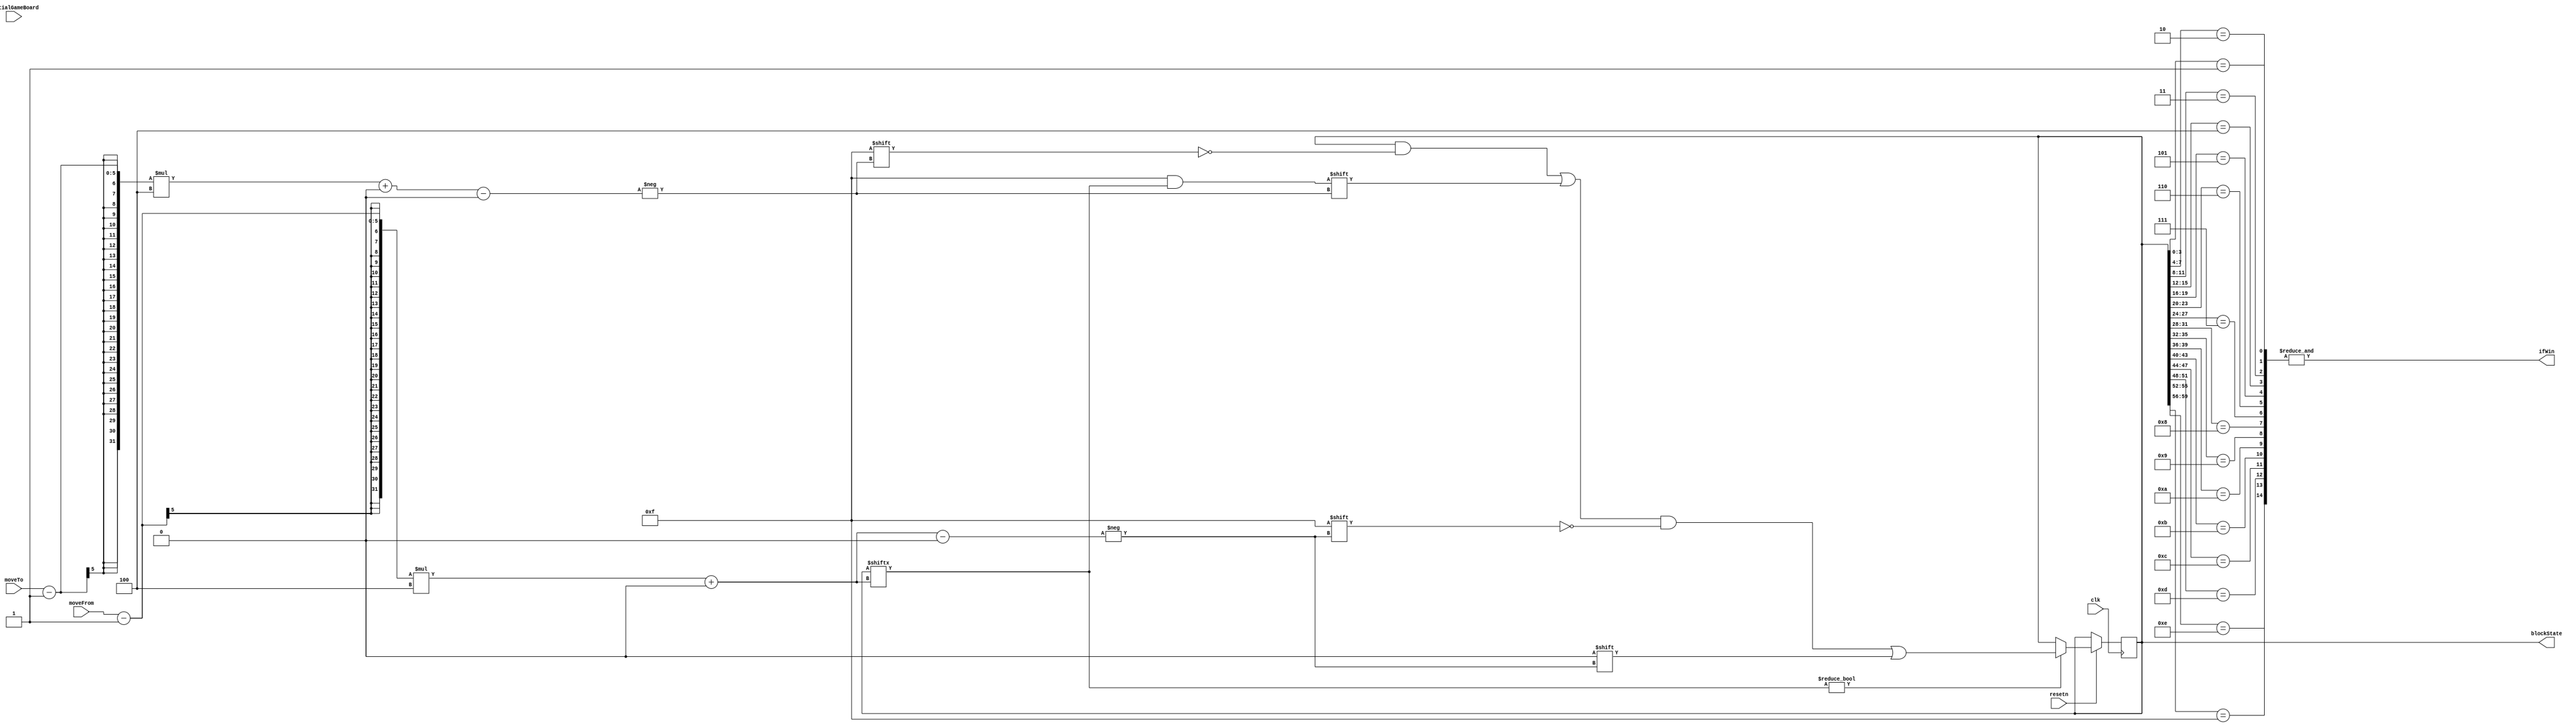
//`include "blank.v"
//`include "number1.v"
//`include "number2.v"
//`include "number3.v"
//`include "number4.v"
//`include "number5.v"
//`include "number6.v"
//`include "number7.v"
//`include "number8.v"
//`include "number9.v"
//`include "number10.v"
//`include "number11.v"
//`include "number12.v"
//`include "number13.v"
//`include "number14.v"
//`include "number15.v"
//`include "verticalLine.v"
//`include "horizontalLine.v"

module gameBoardDatapath(
	input clk,
    input resetn,
	input [4: 0] moveTo,
	input [4: 0] moveFrom,
	input [63: 0] initialGameBoard,
	//input ifJustify, // If we need to judge if the gamer wins
	output ifWin,
	output reg [63: 0] blockState // each four bit indicates what number is in which block,
	//e.g., blockState[7: 4]'s value is the second block's value
);

	//-----------------------------------------------
	wire [15: 0] bitState; 
	// i-th bit of this register is 1 iff the i-th block is on the right position,
	// e.g., bitState = 16'b0111101101111111 means that only 5 and 8 are in wrong position. 
	// bitState[0] is dont care.
	
	//reg [63: 0] blockState; 
	
	assign bitState[1] = (blockState[3: 0] == 4'b0001);
	assign bitState[2] = (blockState[7: 4] == 4'b0010);
	assign bitState[3] = (blockState[11: 8] == 4'b0011);
	assign bitState[4] = (blockState[15: 12] == 4'b0100);
	assign bitState[5] = (blockState[19: 16] == 4'b0101);
	assign bitState[6] = (blockState[23: 20] == 4'b0110);
	assign bitState[7] = (blockState[27: 24] == 4'b0111);
	assign bitState[8] = (blockState[31: 28] == 4'b1000);
	assign bitState[9] = (blockState[35: 32] == 4'b1001);
	assign bitState[10] = (blockState[39: 36] == 4'b1010);
	assign bitState[11] = (blockState[43: 40] == 4'b1011);
	assign bitState[12] = (blockState[47: 44] == 4'b1100);
	assign bitState[13] = (blockState[51: 48] == 4'b1101);
	assign bitState[14] = (blockState[55: 52] == 4'b1110);
	assign bitState[15] = (blockState[59: 56] == 4'b1111);
	//-----------------------------------------------------
	
	//reg enableDrawFSM;
	//reg interrupt;
	//--------------------------initialize the board
	always @(posedge clk)
	begin
		if (resetn == 1'b0)
			begin
				blockState = initialGameBoard;
				//enableDrawFSM = 1'b0;
				//interrupt = 1'b1;
			end
		else
			begin
				if (blockState[(moveFrom-1)*4 +: 4] != 4'b0000)
				begin
					blockState[(moveTo-1)*4 +: 4] <= blockState[(moveFrom-1)*4 +: 4];
					blockState[(moveFrom-1)*4 +: 4] <= 4'b0000;
				end
				//if (interrupt == 1'b1)
				//	enableDrawFSM = 1'b0;
				//else
				//	enableDrawFSM = 1'b1;
			end
	end
	//-----------------------------

	
	/*//s--------------------------------------------------------------------------------------
	reg [13: 0] counter;
	reg slowClk;
	always @(posedge clk)
	begin
		if (resetn == 1'b0)
			begin
				counter <= 14'd59999; //since we have to reset fsm
				slowClk <= 0;
			end				
		else
			begin
				if (counter == 1'b0)
					begin
						counter <= 14'd59999;
						slowClk <= ~slowClk;
					end
				else
					counter <= counter - 1;
			end
	end
	*///e--------------------------------------------------------------------------------------
	
	//-----------------------------
	assign ifWin = & (bitState[15: 1]);
	/*
	always @(posedge ifJustify)
	begin
		ifWin = 
	end
	*/
	//-----------------------------------
	/*
	wire [7: 0] drawAtX;
	wire [6: 0] drawAtY;
	wire [3: 0] drawNumber;
	wire enableDraw; 
	
	
	assign drawAtX = (slowClk == 0) ? (moveTo-1)%4*29: (moveFrom-1)%4*29;
	//first argument is moveTo, second is moveFrom
	assign drawAtY = (slowClk == 0) ? (moveTo-1)/4*29: (moveFrom-1)/4*29;
	assign drawNumber = (slowClk == 0) ? blockState[(moveTo-1)*4 +: 4]: blockState[(moveFrom-1)*4 +: 4];
	
	//wire [1: 0] current;
	
	drawAtFSM f0(
		.clk(slowClk),
		.resetn(resetn),
		.enable(enableDrawFSM),
		.moveFrom(moveFrom),
		.moveTo(moveTo),
		.numMoved(blockState[(moveTo - 1) * 4 +: 4]),
		.drawAtX(drawAtX),
		.drawAtY(drawAtY),
		.drawNumber(drawNumber),
		.enableDraw(enableDraw),
		.interrupt(interrupt),
		.current(current)
	);
	
	
	drawAt d0(
		.xIn(drawAtX),
		.yIn(drawAtY),
		.numberIn(drawNumber),
		.clk(clk),
		.enable(1'b1),
		.resetn(resetn),
		.xOut(xOut),
		.yOut(yOut),
		.colour(colourOut)
	);
	*/
	
endmodule
/*
module drawAtFSM(
    input clk,
	input resetn,
    input enable,
	input [4: 0] moveFrom,
	input [4: 0] moveTo,
	input [3: 0] numMoved, //blockState[moveTo*4-1: (moveTo-1)*4]
    output reg [7: 0] drawAtX,
	output reg [6: 0] drawAtY,
	output reg [3: 0] drawNumber,
	output reg enableDraw,
	output reg interrupt,
	output [1: 0] current
);
	
	reg [1: 0] currentState;
	reg [1: 0] nextState;
	
	assign current = currentState;
	
	localparam  DRAW_BLANK     = 2'b00,
				//DRAW_BLANK_2   = 2'b01,
				DRAW_NUMBER    = 2'b10,
				END			   = 2'b11;
				
	always @(posedge clk)
	begin
		case(currentState)
			//DRAW_BLANK_1: nextState = DRAW_BLANK_2;
			DRAW_BLANK: nextState = DRAW_NUMBER;
			DRAW_NUMBER: nextState = END;
			END: nextState = END;
		endcase
	end
	
	 // Output logic aka all of our datapath control signals
    always @(*)
    begin: enable_signals
		//this input won't change the picture
        drawAtX = 8'b00000001;
		drawAtY = 7'b0000001;
		drawNumber = 4'b0000;
		enableDraw = 1'b0;
		interrupt = 1'b0;
		case(currentState)
			DRAW_BLANK: 
				begin
					drawAtX = (moveFrom-1)%4*29;
					drawAtY = (moveFrom-1)/4*29;
					drawNumber = 4'b0000;
					enableDraw = 1'b1;
				end
			DRAW_NUMBER: 
				begin
					drawAtX = (moveTo-1)%4*29;
					drawAtY = (moveTo-1)/4*29;
					drawNumber = numMoved;
					enableDraw = 1'b1;
				end
			END: 
				begin
					enableDraw = 1'b0;
					interrupt = 1'b1;
				end
		endcase
    end // enable_signals
	
	 // current_state registers
    always @(posedge clk)
    begin: state_FFs
		if (!resetn)
			currentState = END;
        else if (enable)
			begin
				currentState = (currentState == END) ? DRAW_BLANK : nextState;
			end
        else
			begin
				currentState = END;
			end
    end // state_FFS
endmodule


module drawAt(
	input [7: 0] xIn,
	input [6: 0] yIn,
	input [3: 0] numberIn,
	input clk,
	input enable,
	input resetn,
	output reg [7: 0] xOut,
	output reg [6: 0] yOut,
	output reg [2: 0] colour
);

	wire [7: 0] xOut0, xOut1, xOut2, xOut3, xOut4, xOut5, xOut6, xOut7, xOut8;
	wire [7: 0] xOut9, xOut10, xOut11, xOut12, xOut13, xOut14, xOut15;
	wire [6: 0] yOut0, yOut1, yOut2, yOut3, yOut4, yOut5, yOut6, yOut7, yOut8;
	wire [6: 0] yOut9, yOut10, yOut11, yOut12, yOut13, yOut14, yOut15;
	
	always @(posedge clk)
	begin
		if (resetn == 1'b0)
			begin
				xOut <= 8'd1;
				yOut <= 7'd1;
				colour <= 3'b000;
			end
		else
			begin
				case(numberIn)
					4'b0000:
						begin
							colour <= 3'b000;
							xOut <= xOut0;
							yOut <= yOut0;
						end
					4'b0001:
						begin
							colour <= 3'b111;
							xOut <= xOut1;
							yOut <= yOut1;
						end
					4'b0010:
						begin
							colour <= 3'b111;
							xOut <= xOut2;
							yOut <= yOut2;
						end
					4'b0011:
						begin
							colour <= 3'b111;
							xOut <= xOut3;
							yOut <= yOut3;
						end
					4'b0100:
						begin
							colour <= 3'b111;
							xOut <= xOut4;
							yOut <= yOut4;
						end
					4'b0101:
						begin
							colour <= 3'b111;
							xOut <= xOut5;
							yOut <= yOut5;
						end
					4'b0110:
						begin
							colour <= 3'b111;
							xOut <= xOut6;
							yOut <= yOut6;
						end
					4'b0111:
						begin
							colour <= 3'b111;
							xOut <= xOut7;
							yOut <= yOut7;
						end
					4'b1000:
						begin
							colour <= 3'b111;
							xOut <= xOut8;
							yOut <= yOut8;
						end
					4'b1001:
						begin
							colour <= 3'b111;
							xOut <= xOut9;
							yOut <= yOut9;
						end
					4'b1010:
						begin
							colour <= 3'b111;
							xOut <= xOut10;
							yOut <= yOut10;
						end
					4'b1011:
						begin
							colour <= 3'b111;
							xOut <= xOut11;
							yOut <= yOut11;
						end
					4'b1100:
						begin
							colour <= 3'b111;
							xOut <= xOut12;
							yOut <= yOut12;
						end
					4'b1101:
						begin
							colour <= 3'b111;
							xOut <= xOut13;
							yOut <= yOut13;
						end		
					4'b1110:
						begin
							colour <= 3'b111;
							xOut <= xOut14;
							yOut <= yOut14;
						end
					4'b1111:
						begin
							colour <= 3'b111;
							xOut <= xOut15;
							yOut <= yOut15;
						end		
				endcase
			end
	end
	blank n0(
		.xIn(xIn),
		.yIn(yIn),
		.clk(clk), 
		.enable(enable), 
		.resetn(resetn), 
		.xOut(xOut0),
		.yOut(yOut0)
	);
	number1 n1(
		.xIn(xIn),
		.yIn(yIn),
		.clk(clk),
		.enable(enable),
		.resetn(resetn),
		.xOut(xOut1),
		.yOut(yOut1)
	);
	
	number2 n2(
		.xIn(xIn),
		.yIn(yIn),
		.clk(clk),
		.enable(enable),
		.resetn(resetn),
		.xOut(xOut2),
		.yOut(yOut2)
	);
	
	number3 n3(
		.xIn(xIn),
		.yIn(yIn),
		.clk(clk),
		.enable(enable),
		.resetn(resetn),
		.xOut(xOut3),
		.yOut(yOut3)
	);
	
	number4 n4(
		.xIn(xIn),
		.yIn(yIn),
		.clk(clk),
		.enable(enable),
		.resetn(resetn),
		.xOut(xOut4),
		.yOut(yOut4)
	);
	
	number5 n5(
		.xIn(xIn),
		.yIn(yIn),
		.clk(clk),
		.enable(enable),
		.resetn(resetn),
		.xOut(xOut5),
		.yOut(yOut5)
	);
	
	number6 n6(
		.xIn(xIn),
		.yIn(yIn),
		.clk(clk),
		.enable(enable),
		.resetn(resetn),
		.xOut(xOut6),
		.yOut(yOut6)
	);
	
	number7 n7(
		.xIn(xIn),
		.yIn(yIn),
		.clk(clk),
		.enable(enable),
		.resetn(resetn),
		.xOut(xOut7),
		.yOut(yOut7)
	);
	
	number8 n8(
		.xIn(xIn),
		.yIn(yIn),
		.clk(clk),
		.enable(enable),
		.resetn(resetn),
		.xOut(xOut8),
		.yOut(yOut8)
	);
	
	number9 n9(
		.xIn(xIn),
		.yIn(yIn),
		.clk(clk),
		.enable(enable),
		.resetn(resetn),
		.xOut(xOut9),
		.yOut(yOut9)
	);
	
	number10 n10(
		.xIn(xIn),
		.yIn(yIn),
		.clk(clk),
		.enable(enable),
		.resetn(resetn),
		.xOut(xOut10),
		.yOut(yOut10)
	);
	
	number11 n11(
		.xIn(xIn),
		.yIn(yIn),
		.clk(clk),
		.enable(enable),
		.resetn(resetn),
		.xOut(xOut11),
		.yOut(yOut11)
	);
	
	number12 n12(
		.xIn(xIn),
		.yIn(yIn),
		.clk(clk),
		.enable(enable),
		.resetn(resetn),
		.xOut(xOut12),
		.yOut(yOut12)
	);
	
	number13 n13(
		.xIn(xIn),
		.yIn(yIn),
		.clk(clk),
		.enable(enable),
		.resetn(resetn),
		.xOut(xOut13),
		.yOut(yOut13)
	);
	
	number14 n14(
		.xIn(xIn),
		.yIn(yIn),
		.clk(clk),
		.enable(enable),
		.resetn(resetn),
		.xOut(xOut14),
		.yOut(yOut14)
	);
	
	number15 n15(
		.xIn(xIn),
		.yIn(yIn),
		.clk(clk),
		.enable(enable),
		.resetn(resetn),
		.xOut(xOut15),
		.yOut(yOut15)
	);
	
	
endmodule
*/